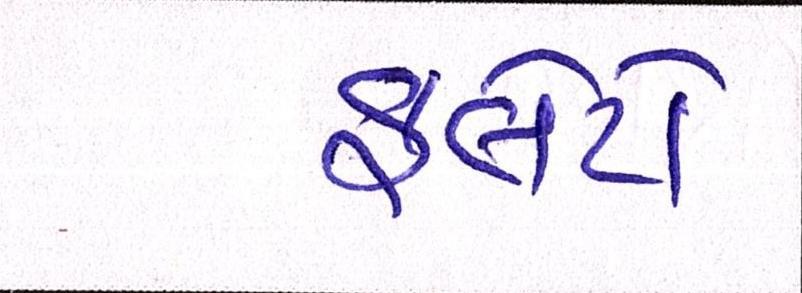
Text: ફ્લેટો